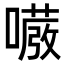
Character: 𭋇